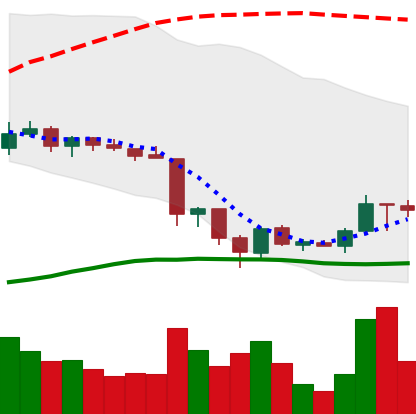
Ticker: TRX-USD
Chart end date: 2018-06-21
Forward return: -21.304%
Label: down_7plus